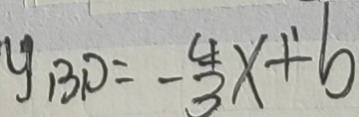
y _ { B D } = - \frac { 4 } { 3 } x + b